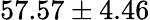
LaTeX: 57.57\pm 4.46